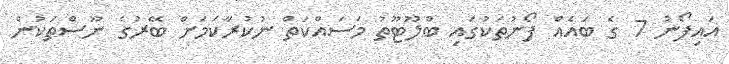
އައިފޯނު 7 ގެ ބައެއް ފޯނުތަކުގައި ބްލޫޓޫތު މަސައްކަތް ނުކުރާކަމަށް ބޭރުގެ ނޫސްތަކުން